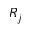
R _ { j }